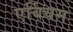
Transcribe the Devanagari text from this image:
एर्बियम